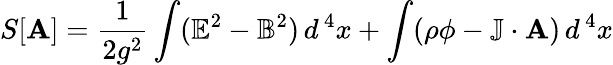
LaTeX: S[\mathbf{A}]={\frac{{1}}{{2g^{2}}}}\int(\mathbb{{E}}^{2}-\mathbb{{B}}^{2})\, d^{\, 4}x+\int(\rho\phi-\mathbb{{J}}\cdot\mathbb{{\mathbf{A}}})\, d^{\, 4}x